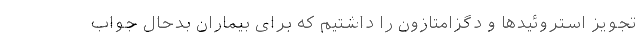
تجویز استروئیدها و دگزامتازون را داشتیم که برای بیماران بدحال جواب